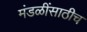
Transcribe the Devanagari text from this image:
मंडळींसाठीच